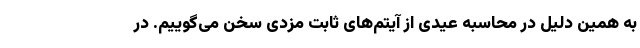
به همین دلیل در محاسبه عیدی از آیتم‌های ثابت مزدی سخن می‌گوییم. در